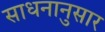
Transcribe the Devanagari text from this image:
साधनानुसार